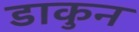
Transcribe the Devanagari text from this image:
डाकुन